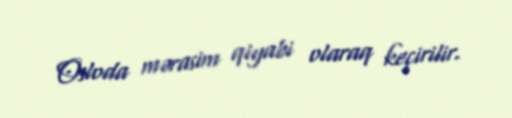
Osloda mərasim qiyabi olaraq keçirilir.